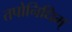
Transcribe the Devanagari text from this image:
तपोनिधिम्